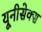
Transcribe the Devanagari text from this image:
यूनीसेक्स